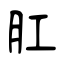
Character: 肛